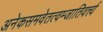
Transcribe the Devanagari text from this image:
अनेकसमवेतत्वम्जातिवर्त्त्य